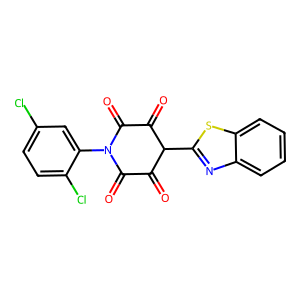
SMILES: O=C1C(=O)N(c2cc(Cl)ccc2Cl)C(=O)C(=O)C1c1nc2ccccc2s1
Inhibits HIV replication: No